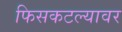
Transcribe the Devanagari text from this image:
फिसकटल्यावर